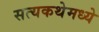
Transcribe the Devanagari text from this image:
सत्यकथेमध्ये